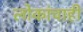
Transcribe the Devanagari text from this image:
लोकांचाही